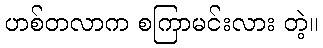
ဟစ်တလာက စကြာမင်းလား တဲ့။